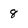
Character: 8